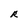
Character: R